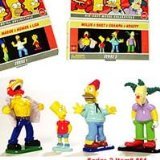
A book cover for Simpsons die-cast metal collectible figures Series 1, 2, +Family Pack: Maggie, Marge, Homer, Lisa & Willie, Bart, Grampa, Krusty [lot of 3]; Crafts, Hobbies & Home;